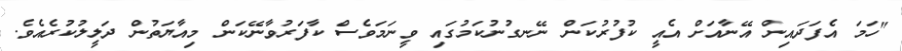
"ހަމަ އެފަދައިން އޭނާއަށް އެއީ ކުފުރުކަން ނޭނގުނުކަމުގައި ވީނަމަވެސް ކާފަރުވާނޭކަން މިއާޔަތުން ދަލީލުކުރެއެވެ.